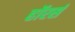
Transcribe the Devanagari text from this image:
हॉरर्स